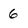
Character: 6